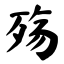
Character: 殇